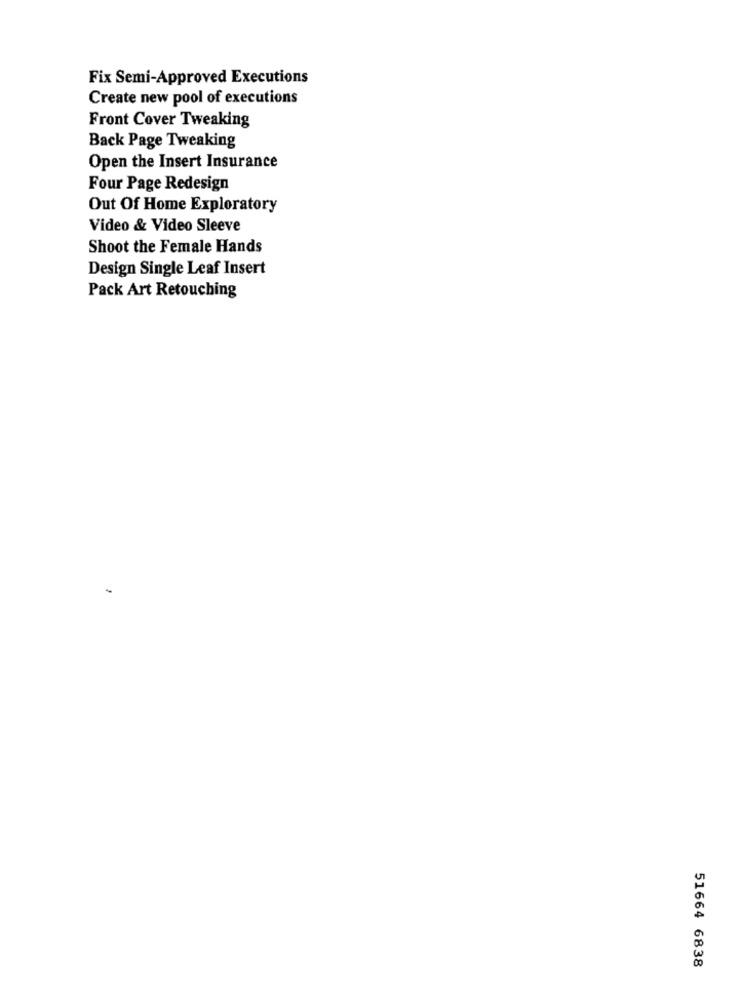
Fix Semi-Approved Executions
Create new pool of executions
Front Cover Tweaking
Back Page Tweaking
Open the Insert Insurance
Four Page Redesign
Out Of Home Exploratory
Video & Video Sleeve
Shoot the Female Hands
Design Single Leaf Insert
Pack Art Retouching
51664 6838